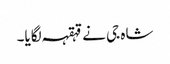
شاہ جی نے قہقہہ لگایا۔